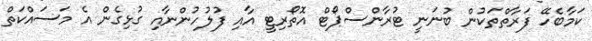
ކަމާބެހޭ ފަރާތްތަކުން ބުނަނީ ޓުރާންސްޕޯޓް އޮތޯރިޓީ އާއި ފުލުހުންނާއި ގުޅިގެން އެ މަސައްކަތް